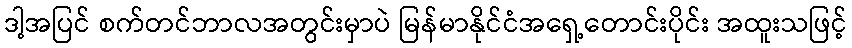
ဒါ့အပြင် စက်တင်ဘာလအတွင်းမှာပဲ မြန်မာနိုင်ငံအရှေ့တောင်းပိုင်း အထူးသဖြင့်